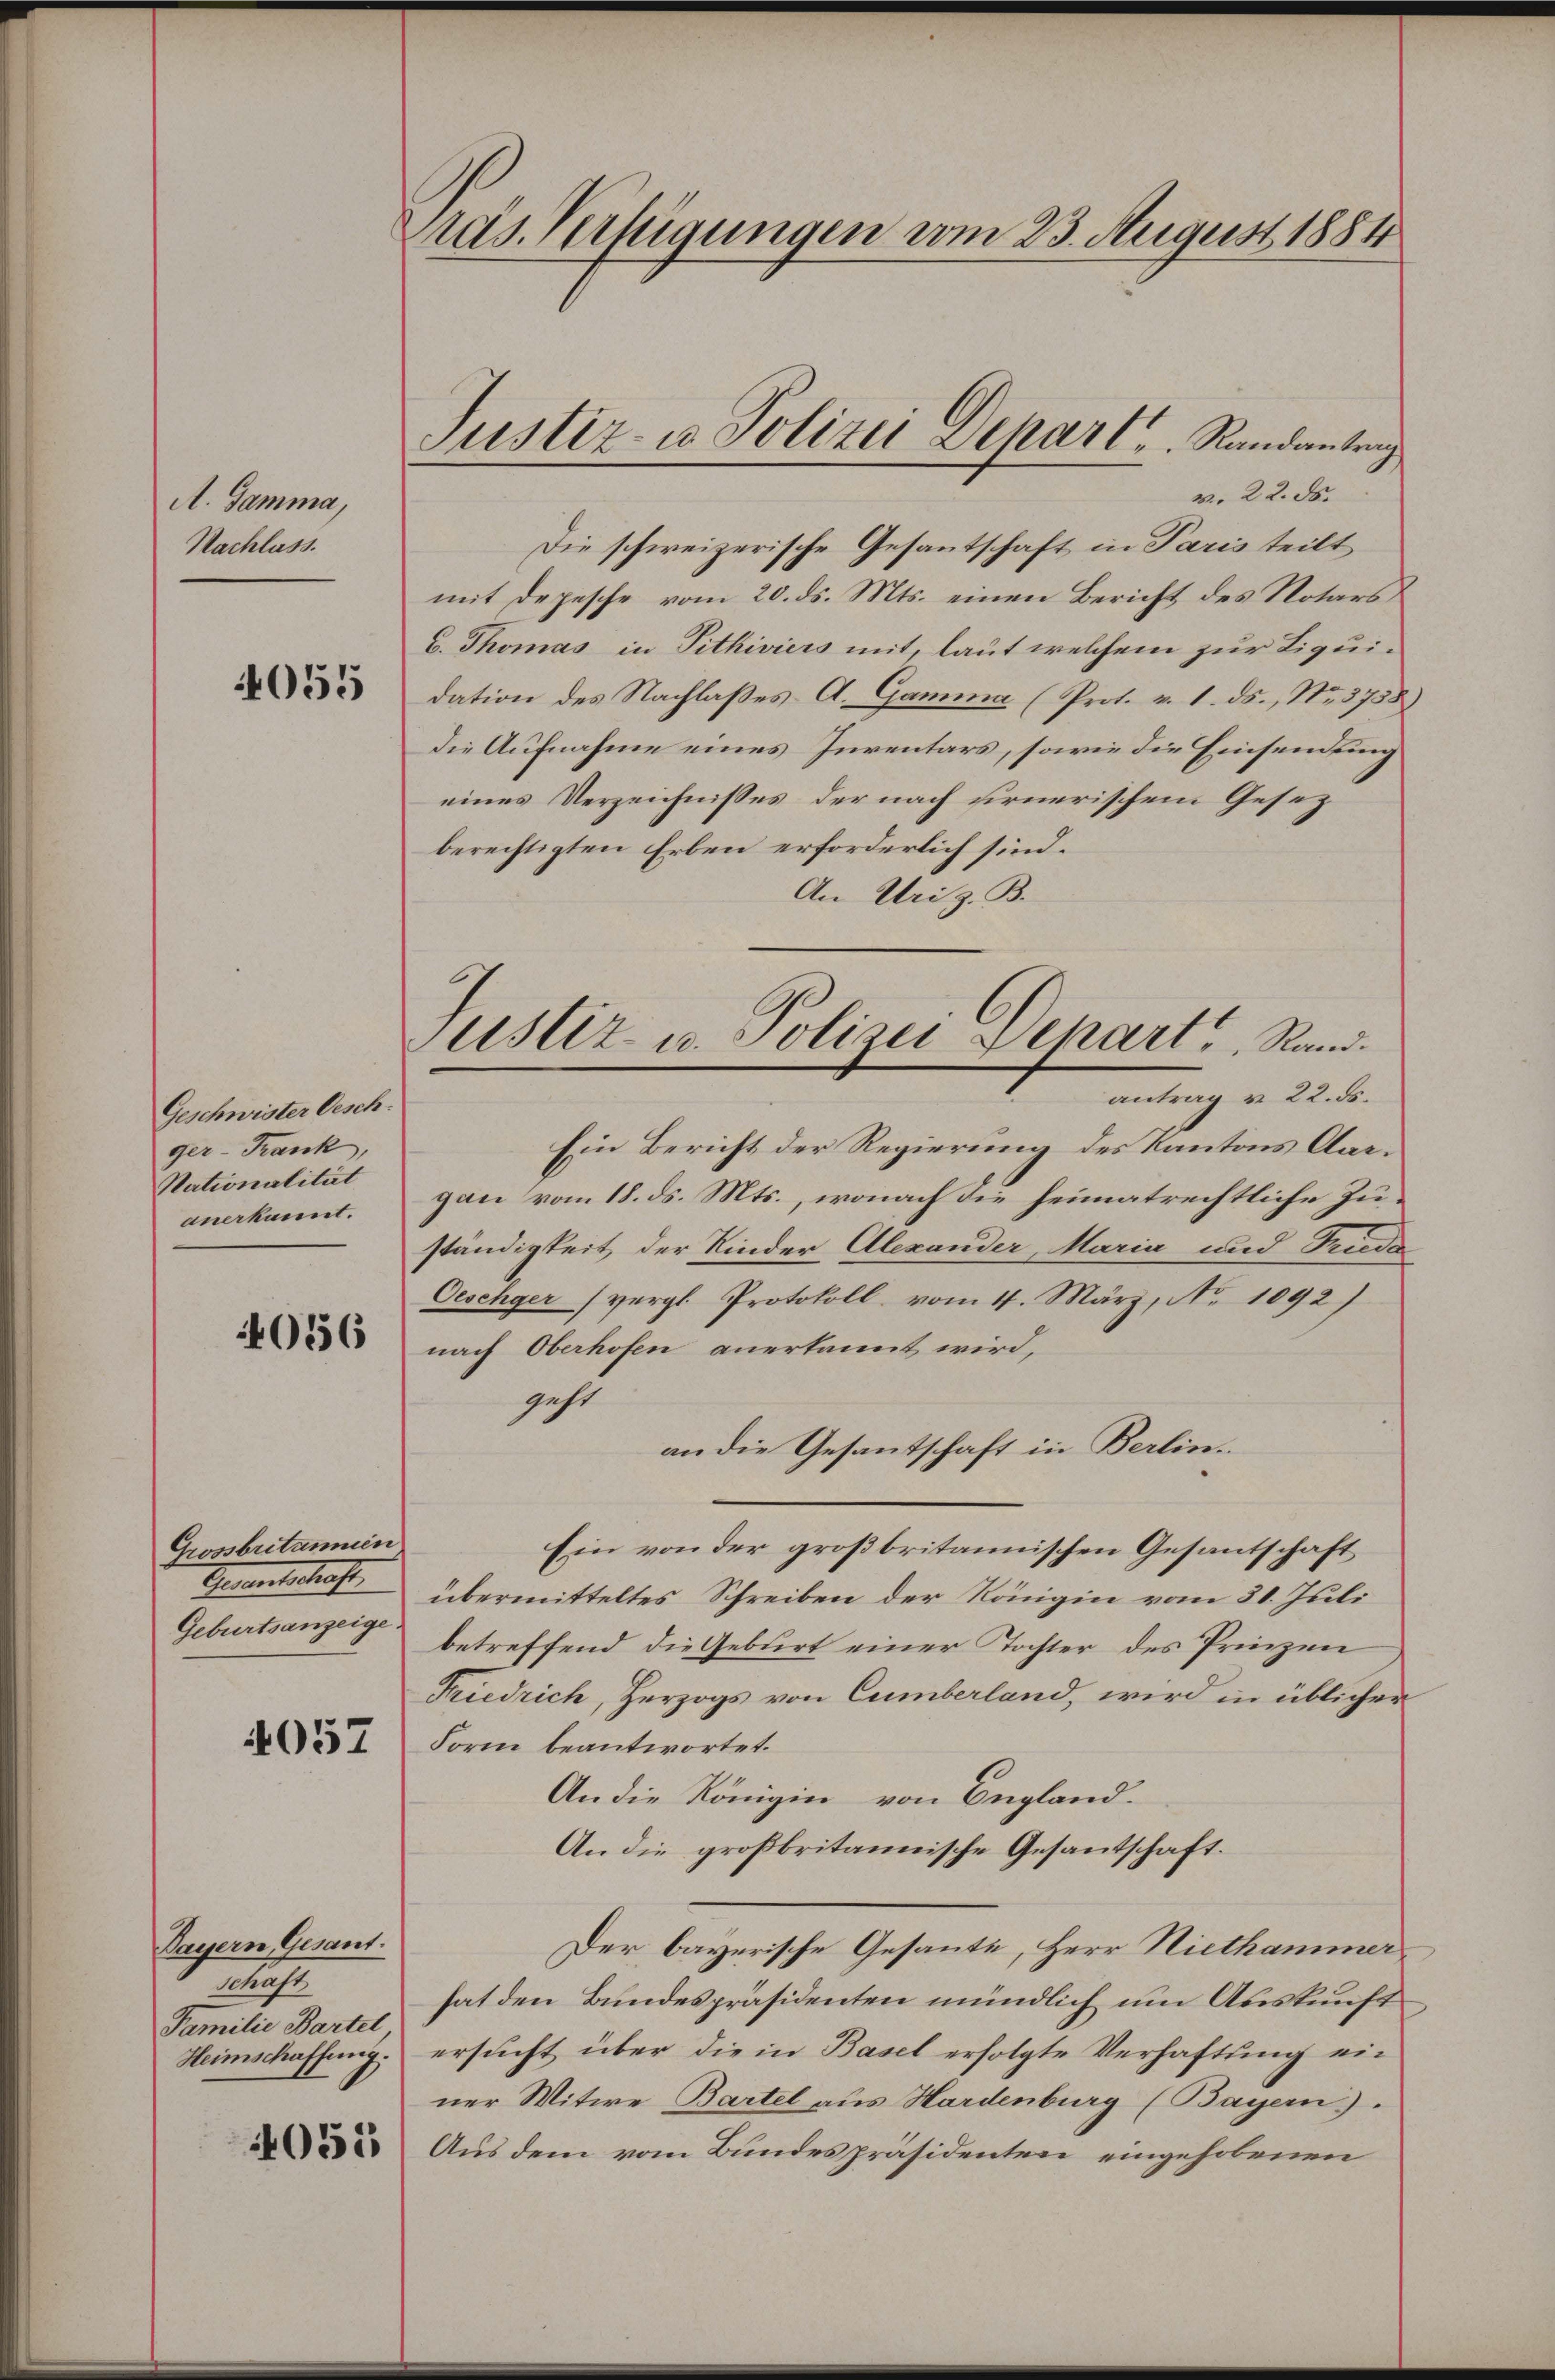
A. Gamma,
Nachlass.

4055

Geschwister Gesch.
ger-Frank,
Nationalität
anerkannt.

4056

Grossbritannien
Gewertschaft,
Geburtsanzeige

4057

Bayern Gesant.
h
Familie Bartel
Heimschaffung.

4055

Präs. Verfügungen vom 23. August 1884

Justiz- u. Polizei Depart Randantrag
v. 22. ds.

Die schweizerische Gesantschaft in Paris teilt
mit Depesche vom 20. ds. Mts. einen Bericht des Notars
C. Thomas in Tithiviers mit, laut welchem zur Liquidation des Nachlaßes A. Gamma (Prot. v. 1. ds., Nr. 3758
die Aufnahme eines Inventars, sowie die Einsendung
eines Verzeichnisses der nach fernerischem Gesez
berechtigten Erben erforderlich sind.
An Uri z. B.
Ein Bericht der Regierung des Kantons Aargan vom 18. ds. Mts., wonach die heimatrechtliche Zuständigkeit der Kinder Alexander, Maria und Friede
Oeschger (vergl. Protokoll vom 4. März, No. 1092)
nach Oberhofen anerkannt wird,
geht
an die Gesantschaft in Berlin.
Ein von der großbritannischen Gesantschaft
übermitteltes Schreiben der Königin vom 31. Juli
betreffend die Geburt einer Tochter des Prinzen
Friedrich, Herzogs von Cumberland, wird in üblicher
Form beantwortet.
An die Königin von England.
An die großbritannische Gesantschaft.
Der bayerische Gesante, Herr Niethammer
hat den Bundespräsidenten mündlich um Auskunft
ersucht über die in Basel erfolgte Verhaftung ein
ner Witwe Bartel aus Hardenburg (Bayern).
Aus dem vom Bundespräsidenten eingehobenen

Justiz- u. Polizei Depart, Rand.
antrag v. 22. 55.